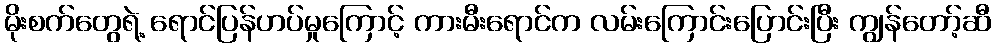
မိုးစက်တွေရဲ့ ရောင်ပြန်ဟပ်မှုကြောင့် ကားမီးရောင်က လမ်းကြောင်းပြောင်းပြီး ကျွန်တော့်ဆီ